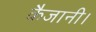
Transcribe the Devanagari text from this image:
कैजानी।